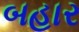
બહાર